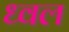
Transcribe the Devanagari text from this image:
ध्वल